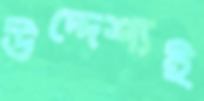
উদ্দেশ্যই